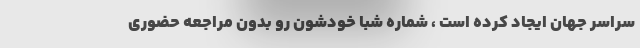
سراسر جهان ایجاد کرده است ، شماره شبا خودشون رو بدون مراجعه حضوری